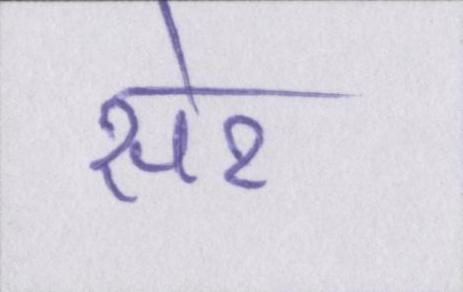
सेर